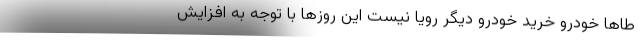
طاها خودرو خرید خودرو دیگر رویا نیست این روزها با توجه به افزایش